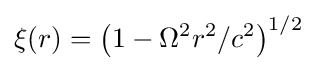
\xi (r)=\left(1-\Omega ^{2}r^{2}/c^{2}\right)^{1/2}